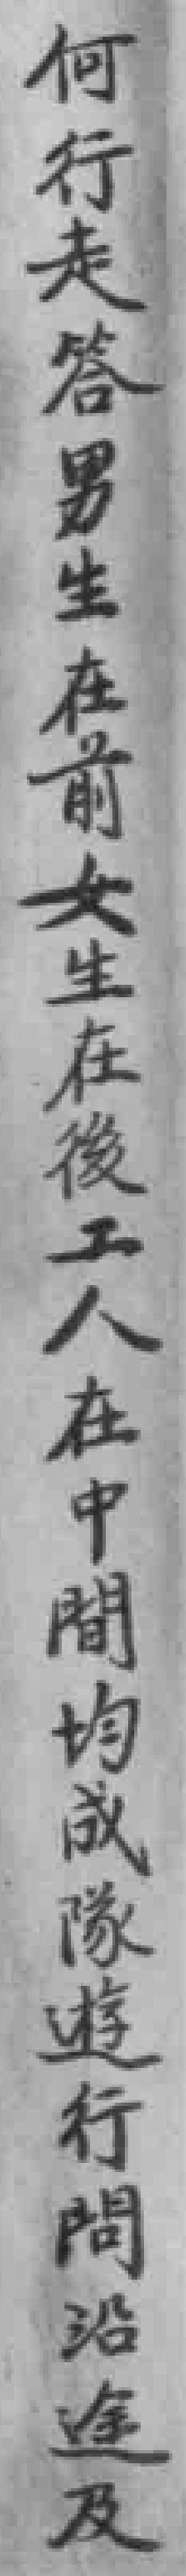
何行走答男生在前女生在後工人在中間均成隊遊行問沿途及